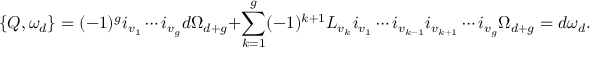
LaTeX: \{ { \cal Q } , \omega _ { d } \} = ( - 1 ) ^ { g } i _ { v _ { 1 } } \cdots i _ { v _ { g } } d \Omega _ { d + g } + \sum _ { k = 1 } ^ { g } ( - 1 ) ^ { k + 1 } { \cal L } _ { v _ { k } } i _ { v _ { 1 } } \cdots i _ { v _ { k - 1 } } i _ { v _ { k + 1 } } \cdots i _ { v _ { g } } \Omega _ { d + g } = d \omega _ { d } .